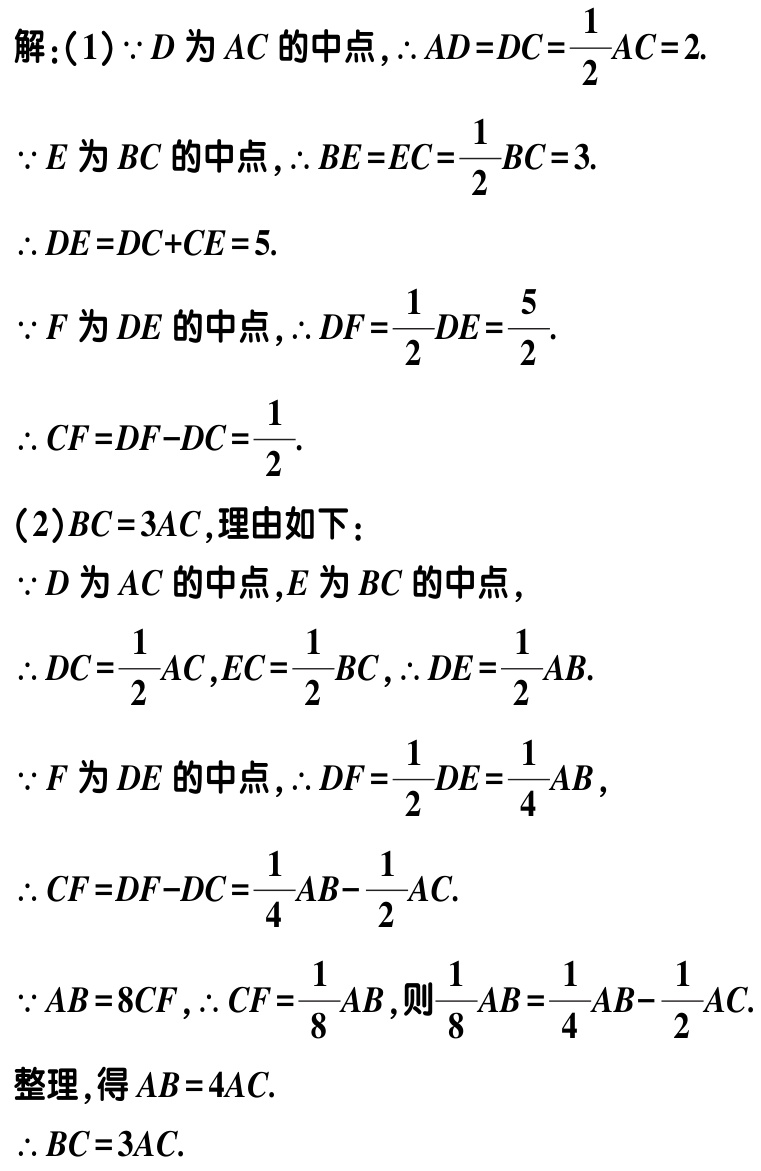
解：(1) \(\because D\)为\(AC\)的中点，\(\therefore AD = DC=\frac{1}{2}AC = 2\).

\(\because E\)为\(BC\)的中点，\(\therefore BE = EC=\frac{1}{2}BC = 3\).

\(\therefore DE=DC + CE = 5\).

\(\because F\)为\(DE\)的中点，\(\therefore DF=\frac{1}{2}DE=\frac{5}{2}\).

\(\therefore CF=DF - DC=\frac{1}{2}\).

(2) \(BC = 3AC\),理由如下：

\(\because D\)为\(AC\)的中点，\(E\)为\(BC\)的中点，

\(\therefore DC=\frac{1}{2}AC\), \(EC=\frac{1}{2}BC\), \(\therefore DE=\frac{1}{2}AB\).

\(\because F\)为\(DE\)的中点，\(\therefore DF=\frac{1}{2}DE=\frac{1}{4}AB\),

\(\therefore CF=DF - DC=\frac{1}{4}AB-\frac{1}{2}AC\).

\(\because AB = 8CF\), \(\therefore CF=\frac{1}{8}AB\),则\(\frac{1}{8}AB=\frac{1}{4}AB-\frac{1}{2}AC\).

整理，得\(AB = 4AC\).

\(\therefore BC = 3AC\).